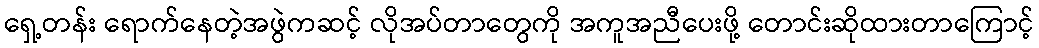
ရှေ့တန်း ရောက်နေတဲ့အဖွဲကဆင့် လိုအပ်တာတွေကို အကူအညီပေးဖို့ တောင်းဆိုထားတာကြောင့်